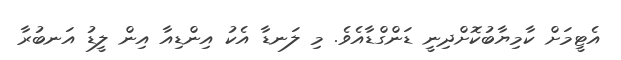
އެޓީމަށް ކާމިޔާބުކޮށްދިނީ ޑަންގްޑާއެވެ. މި ލަނޑާ އެކު އިންޑިއާ އިން ލީޑު އަނބުރާ